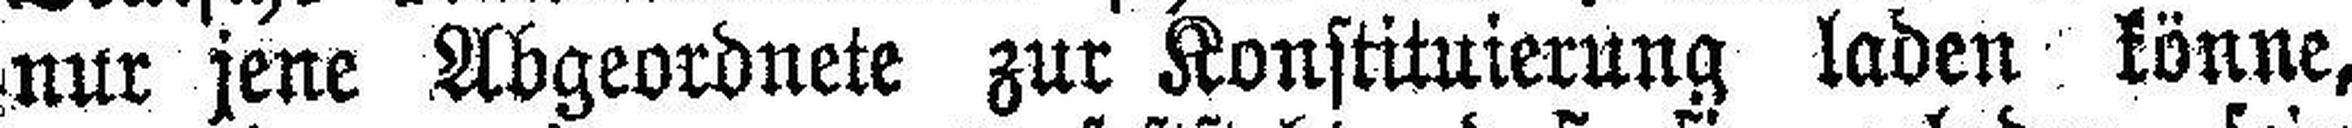
nur jene Abgeordnete zur Konstituierung laden könne,